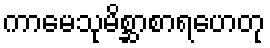
ကာမေသုမိစ္ဆာစာရဟေတု